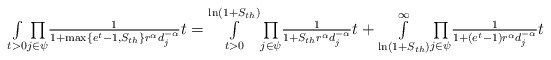
\begin{align*}\textstyle\underset{t>0}\int\underset{j \in \psi}\prod\frac{1}{1+\max\{e^t-1,S_{th}\} r^\alpha d_j^{-\alpha}}t=\overset{\ln(1+S_{th})}{\underset{t>0}\int}\underset{j \in \psi}\prod\frac{1}{1+S_{th} r^\alpha d_j^{-\alpha}}t +\overset{\infty}{\underset{\ln(1+S_{th})}\int}\underset{j \in \psi}\prod\frac{1}{1+(e^t-1) r^\alpha d_j^{-\alpha}}t\end{align*}